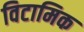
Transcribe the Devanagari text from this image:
विटामिक